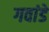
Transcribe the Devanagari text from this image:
गवांडे